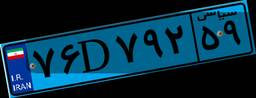
۷۶D۷۹۲۵۹